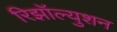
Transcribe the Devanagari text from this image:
रिझॉल्युशन